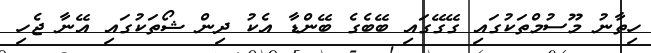
ހިތާނު މޫސުމްތަކުގައި ގޭގޭގައި ބޭބެގެ ބޭންޑާ އެކު ދިން ޝޯތަކުގައި އޭނާ ޖެހި